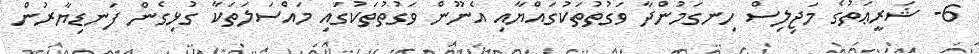
6- ޝަރީޢަތުގެ މަޖިލިސް ހިނގަމުންދާ ވަގުތުތަކުގައްޔާއި އެނޫން ވަގުތުތަކުގައި މައްސަލަތަކާ ގުޅިގެން ފަނޑިޔާރުން